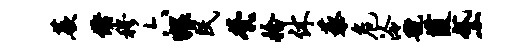
蕨储穆六猥民茕拾休藜危泠虢葭黛